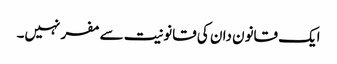
ایک قانون دان کی قانونیت سے مفر نہیں۔